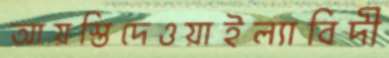
আয়স্তিদেওয়াইল্যাবিদী